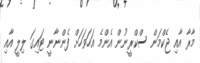
މާރާ އާއި ޖެކްމަން ސްކްރީނުން އެންމެ އަހަވަހަށް ފެންނާނީ ޓައިގަ ލިލީ އާއި